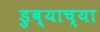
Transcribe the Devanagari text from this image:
डुब्याच्या